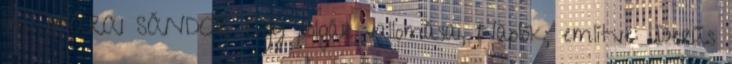
.m. MÁRAI SÁNDOR: Egy polgár vallomásai, Naplók; említve: „Derűs